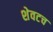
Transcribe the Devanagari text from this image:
शेवटच